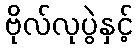
ဗိုလ်လုပွဲနှင့်